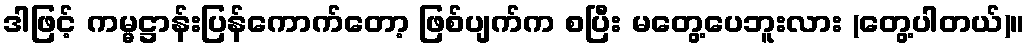
ဒါဖြင့် ကမ္မဋ္ဌာန်းပြန်ကောက်တော့ ဖြစ်ပျက်က စပြီး မတွေ့ပေဘူးလား (တွေ့ပါတယ်)။